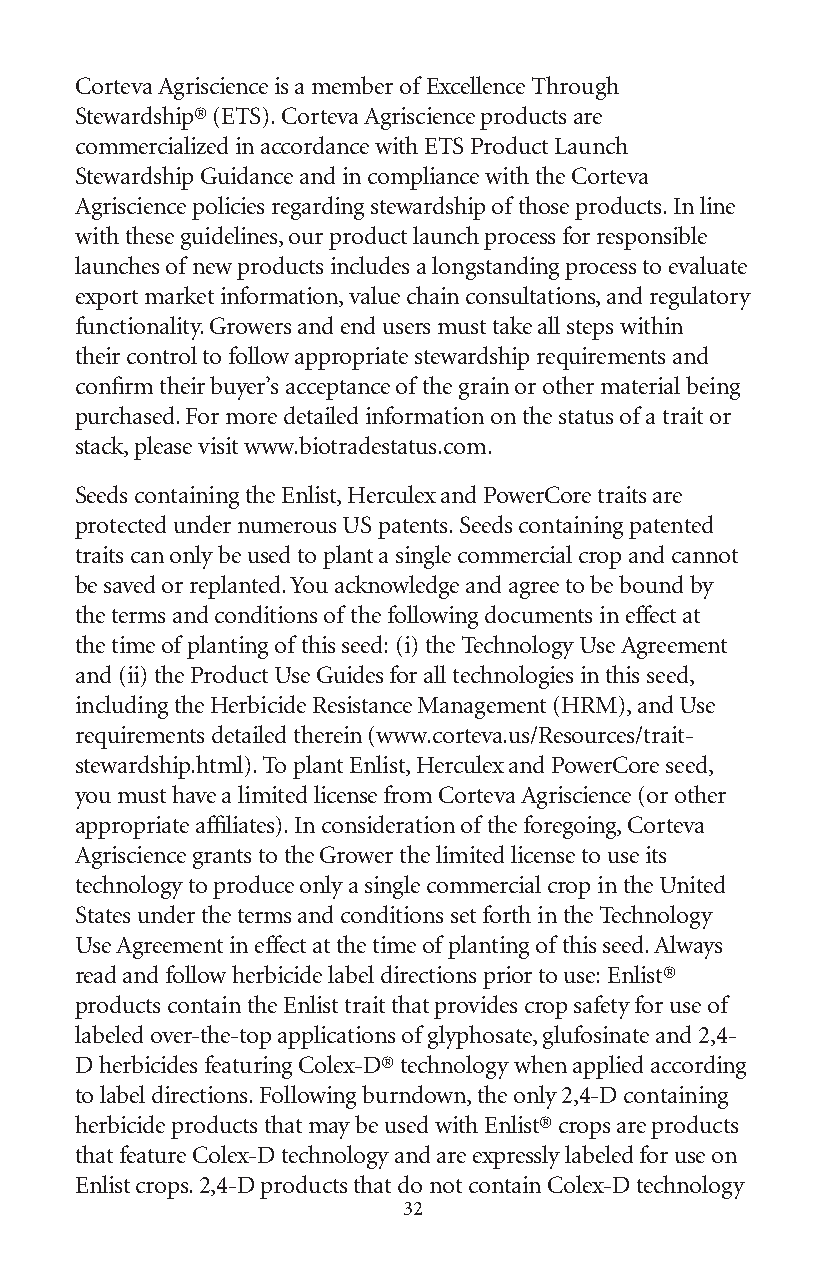
Corteva Agriscience is a member of Excellence Through
 Stewardship® (ETS). Corteva Agriscience products are
 commercialized in accordance with ETS Product Launch
 Stewardship Guidance and in compliance with the Corteva
 Agriscience policies regarding stewardship of those products. In line
 with these guidelines, our product launch process for responsible
 launches of new products includes a longstanding process to evaluate
 export market information, value chain consultations, and regulatory
 functionality. Growers and end users must take all steps within
 their control to follow appropriate stewardship requirements and
 confirm their buyer’s acceptance of the grain or other material being
 purchased. For more detailed information on the status of a trait or
 stack, please visit www.biotradestatus.com.
 Seeds containing the Enlist, Herculex and PowerCore traits are
 protected under numerous US patents. Seeds containing patented
 traits can only be used to plant a single commercial crop and cannot
 be saved or replanted. You acknowledge and agree to be bound by
 the terms and conditions of the following documents in effect at
 the time of planting of this seed: (i) the Technology Use Agreement
 and (ii) the Product Use Guides for all technologies in this seed,
 including the Herbicide Resistance Management (HRM), and Use
 requirements detailed therein (www.corteva.us/Resources/trait-
 stewardship.html). To plant Enlist, Herculex and PowerCore seed,
 you must have a limited license from Corteva Agriscience (or other
 appropriate affiliates). In consideration of the foregoing, Corteva
 Agriscience grants to the Grower the limited license to use its
 technology to produce only a single commercial crop in the United
 States under the terms and conditions set forth in the Technology
 Use Agreement in effect at the time of planting of this seed. Always
 read and follow herbicide label directions prior to use: Enlist®
 products contain the Enlist trait that provides crop safety for use of
 labeled over-the-top applications of glyphosate, glufosinate and 2,4-
 D herbicides featuring Colex-D® technology when applied according
 to label directions. Following burndown, the only 2,4-D containing
 herbicide products that may be used with Enlist® crops are products
 that feature Colex-D technology and are expressly labeled for use on
 Enlist crops. 2,4-D products that do not contain Colex-D technology
 32